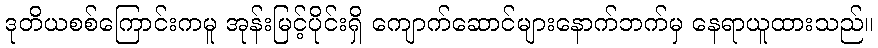
ဒုတိယစစ်ကြောင်းကမူ အုန်းမြင့်ပိုင်းရှိ ကျောက်ဆောင်များနောက်ဘက်မှ နေရာယူထားသည်။